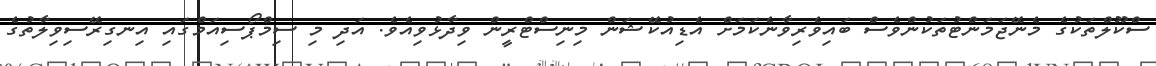
ސްކޫލްތަކުގެ މެނޭޖަމަންޓުތަކުންވެސް ބައިވެރިވާނެކަމަށް އެޑިއުކޭޝަން މިނިސްޓްރީން ވިދާޅުވިއެވެ. އަދި މި ސިމްޕޯސިއަމްގައި އިނގިރޭސިވިލާތުގެ